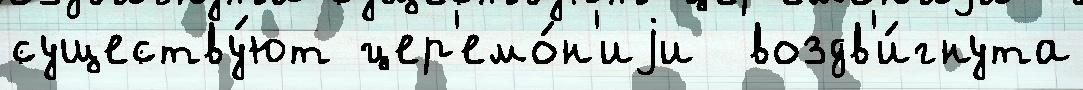
существу́ют цер'емо́н'иjи  воздв'и́гнута